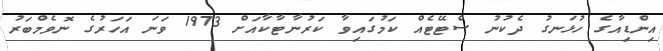
އިންޑިއާގެ ހުޅަނގު ދެކުނު ސްޓޭޓެއް ކަމުގައިވާ ކަރުނާޓާކާއަށް 1973 ވަނަ އަހަރުގެ ނޮވެމްބަރު